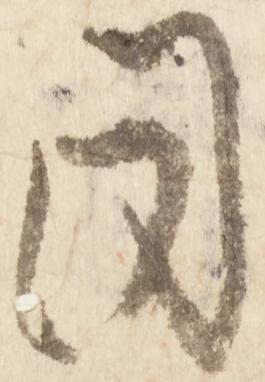
同